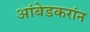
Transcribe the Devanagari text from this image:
आंबेडकरांन